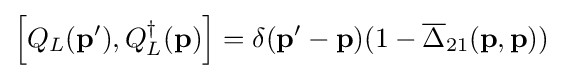
\left[Q_{L}(\mathbf {p} ^{\prime }),Q_{L}^{\dagger }(\mathbf {p} )\right]=\delta (\mathbf {p} ^{\prime }-\mathbf {p} )(1-{{\overline {\Delta }}_{21}}(\mathbf {p} ,\mathbf {p} ))